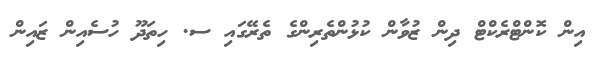
އިން ކޮންޓްރެކްޓް ދިން ޒުވާން ކުޅުންތެރިންގެ ތެރޭގައި ސ. ހިތަދޫ ހުސެއިން ޒައިން